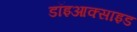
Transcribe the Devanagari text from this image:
डॉइआक्साइड